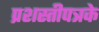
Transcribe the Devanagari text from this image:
प्रशस्तीपत्रके